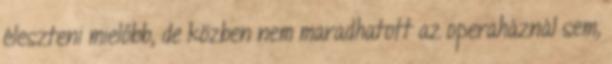
éleszteni mielőbb, de közben nem maradhatott az operaháznál sem,